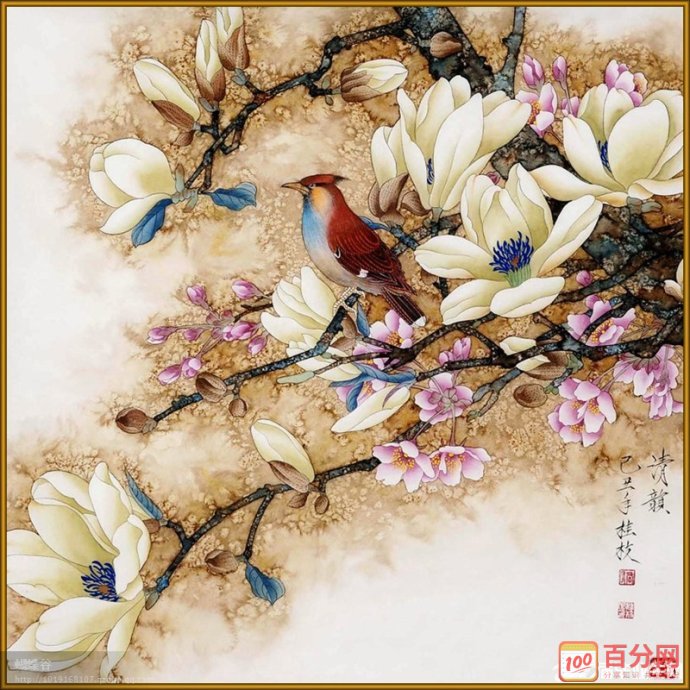
黯与山僧别，低头礼白云。